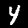
Label: 4